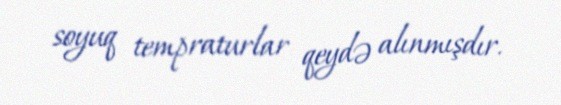
soyuq tempraturlar qeydə alınmışdır.